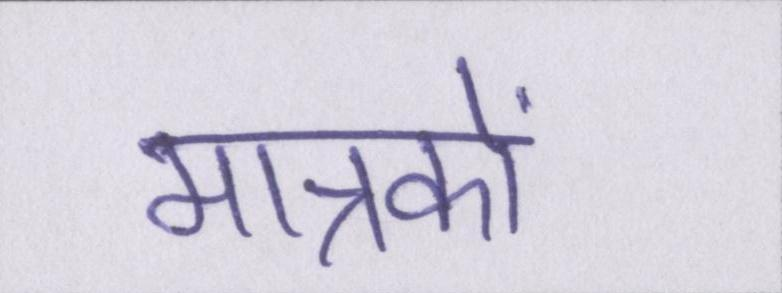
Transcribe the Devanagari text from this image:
मात्रकों